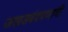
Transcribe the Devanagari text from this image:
जखडबंदपणाची